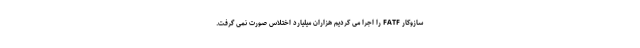
سازوکار FATF را اجرا می کردیم هزاران میلیارد اختلاس صورت نمی گرفت.